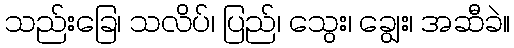
သည်းခြေ၊ သလိပ်၊ ပြည်၊ သွေး၊ ချွေး၊ အဆီခဲ။